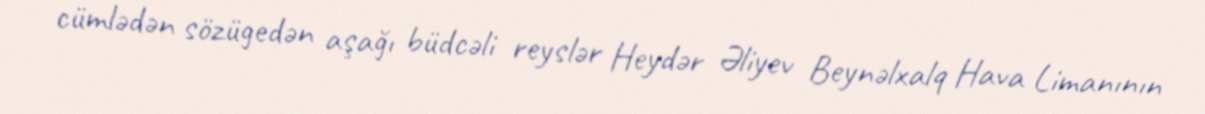
cümlədən sözügedən aşağı büdcəli reyslər Heydər Əliyev Beynəlxalq Hava Limanının